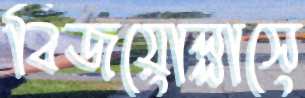
বিজয়োল্লাসে